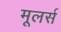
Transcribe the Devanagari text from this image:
मूलर्स